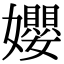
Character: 孆